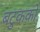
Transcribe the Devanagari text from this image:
बटुकको